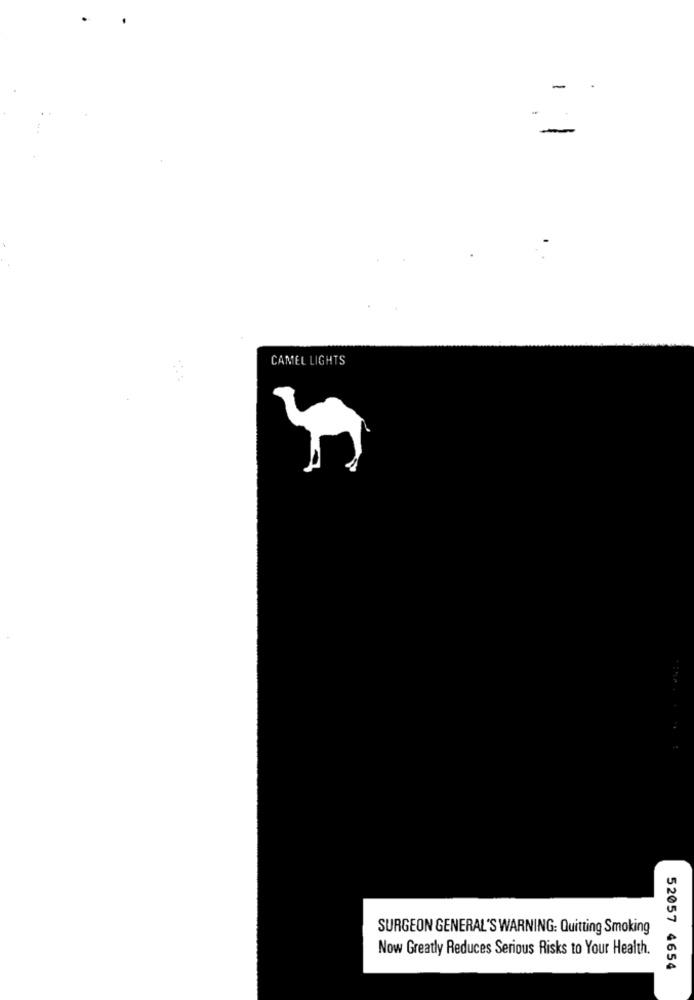
-
CAMEL LIGHTS
SURGEON GENERAL'S WARNING: Quitting Smoking
Now Greatly Reduces Serious Risks to Your Health.
52057 4654